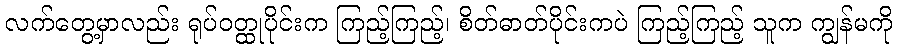
လက်တွေ့မှာလည်း ရုပ်ဝတ္ထုပိုင်းက ကြည့်ကြည့်၊ စိတ်ဓာတ်ပိုင်းကပဲ ကြည့်ကြည့် သူက ကျွန်မကို